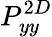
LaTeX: P_{yy}^{2D}